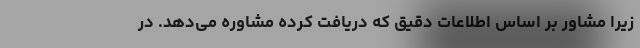
زیرا مشاور بر اساس اطلاعات دقیق که دریافت کرده مشاوره می‌دهد. در